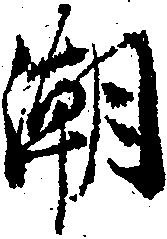
潮